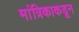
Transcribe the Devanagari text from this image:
मांत्रिकाकडून